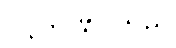
ပြုလုပ်ခဲ့ပါသည်